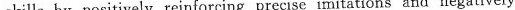
skills by positively reinforcing precise imitations and negatively